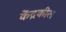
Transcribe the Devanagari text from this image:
केंद्रकील